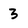
Character: 3